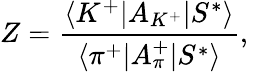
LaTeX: Z={\frac{\langle{K^{+}|A_{K^{+}}|S^{*}}\rangle}{\langle{\pi^{+}|A_{\pi}^{+}|S^{*}}\rangle}},\,